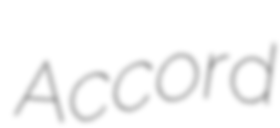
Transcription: Accord